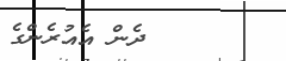
ދެން އެއުރެންގެ